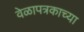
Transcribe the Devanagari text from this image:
वेळापत्रकाच्या